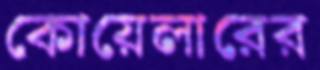
কোয়েলারের